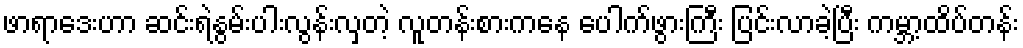
ဖာရာဒေးဟာ ဆင်းရဲနွမ်းပါးလွန်းလှတဲ့ လူတန်းစားကနေ ပေါက်ဖွားကြီး ပြင်းလာခဲ့ပြီး ကမ္ဘာ့ထိပ်တန်း